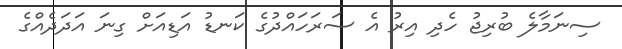
ސިނަމާލެ ބުރިޖު ހެދި އިރު އެ ސަރަހައްދުގެ ކަނޑު އަޑިއަށް ގިނަ އަދަދެއްގެ